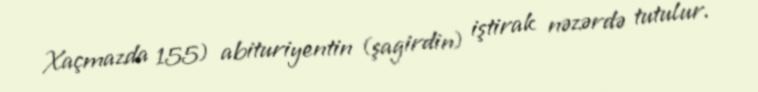
Xaçmazda 155) abituriyentin (şagirdin) iştirak nəzərdə tutulur.